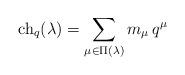
LaTeX: \begin{align*}{\rm ch}_q(\lambda)=\sum_{\mu\in\Pi(\lambda)}m_\mu\,q^\mu\end{align*}